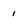
Character: i